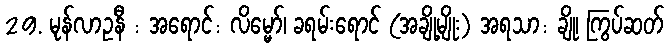
29. မုန်လာဥနီ : အရောင်: လိမ္မော်၊ ခရမ်းရောင် (အချို့မျိုး) အရသာ: ချို၊ ကြွပ်ဆတ်